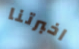
اخبرتنا